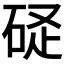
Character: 𥒧